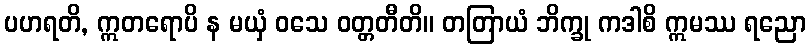
ပဟရတိ, ဣတရောပိ န မယှံ ဝသေ ဝတ္တတီတိ။ တတြာယံ ဘိက္ခု ကဒါစိ ဣမဿ ရညော